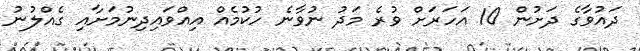
ދައުވާގެ ދަށުން 10 އަހަރަށް ވުރެ މަދު ނުވާނެ ހުކުމެއް އިއްވައިދިނުމަށާއި ގެއްލުނު